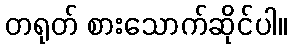
တရုတ် စားသောက်ဆိုင်ပါ။